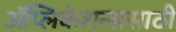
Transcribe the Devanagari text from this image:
अॅप्लिकेशन्ससाठी